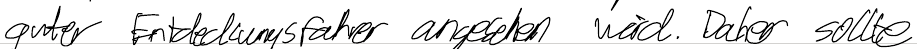
guter Entdeckungsfahrer angesehen wird. Daher sollte